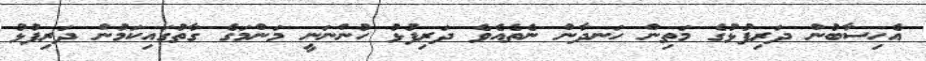
އެހިސާބުން ދަރިފުޅުގެ މަތިން ހަނދާން ނެތެއެވެ ދަރިފުޅު ހުންނަނީ މަންމަގެ ގާތުގައިކަމުން ދަރިފުޅު